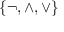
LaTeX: \{ \neg , \land , \lor \}